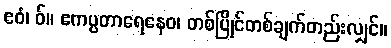
ဧဝံ၊ ဝ်။ ဧကပ္ပတာရေနေဝ၊ တစ်ပြိုင်တစ်ချက်တည်းလျှင်။